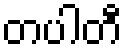
တပါတီ